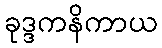
ခုဒ္ဒကနိကာယ